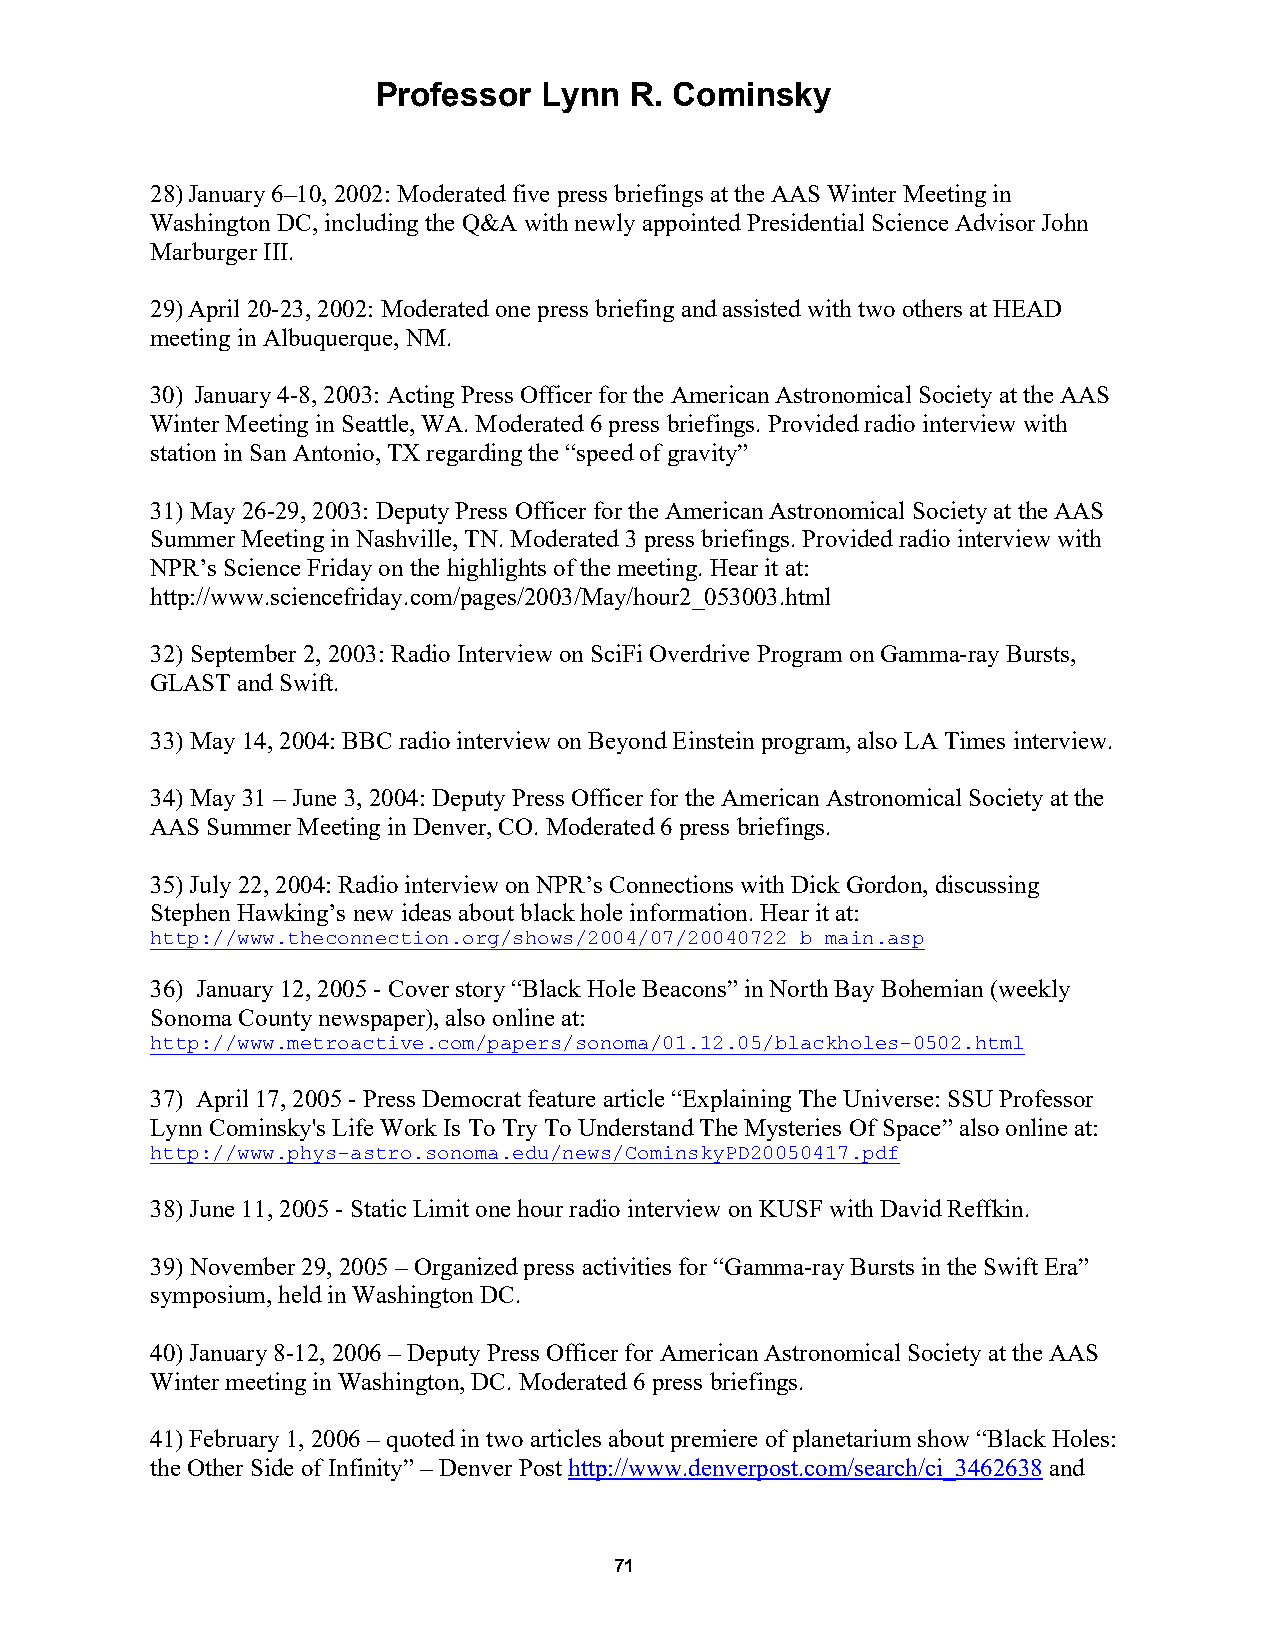
Professor  Lynn  R. Cominsky
 28) January 6–10, 2002: Moderated five press briefings at the AAS Winter Meeting in
 Washington DC, including the Q&A with newly appointed Presidential Science Advisor John
 Marburger III.
 29) April 20-23, 2002: Moderated one press briefing and assisted with two others at HEAD
 meeting in Albuquerque, NM.
 30) January 4-8, 2003: Acting Press Officer for the American Astronomical Society at the AAS
 Winter Meeting in Seattle, WA. Moderated 6 press briefings. Provided radio interview with
 station in San Antonio, TX regarding the “speed of gravity”
 31) May 26-29, 2003: Deputy Press Officer for the American Astronomical Society at the AAS
 Summer Meeting in Nashville, TN. Moderated 3 press briefings. Provided radio interview with
 NPR’s Science Friday on the highlights of the meeting. Hear it at:
 http://www.sciencefriday.com/pages/2003/May/hour2_053003.html
 32) September 2, 2003: Radio Interview on SciFi Overdrive Program on Gamma-ray Bursts,
 GLAST and Swift.
 33) May 14, 2004: BBC radio interview on Beyond Einstein program, also LA Times interview.
 34) May 31 – June 3, 2004: Deputy Press Officer for the American Astronomical Society at the
 AAS Summer Meeting in Denver, CO. Moderated 6 press briefings.
 35) July 22, 2004: Radio interview on NPR’s Connections with Dick Gordon, discussing
 Stephen Hawking’s new ideas about black hole information. Hear it at:
 http://www.theconnection.org/shows/2004/07/20040722_b_main.asp
 36) January 12, 2005 - Cover story “Black Hole Beacons” in North Bay Bohemian (weekly
 Sonoma County newspaper), also online at:
 http://www.metroactive.com/papers/sonoma/01.12.05/blackholes-0502.html
 37) April 17, 2005 - Press Democrat feature article “Explaining The Universe: SSU Professor
 Lynn Cominsky's Life Work Is To Try To Understand The Mysteries Of Space” also online at:
 http://www.phys-astro.sonoma.edu/news/CominskyPD20050417.pdf
 38) June 11, 2005 - Static Limit one hour radio interview on KUSF with David Reffkin.
 39) November 29, 2005 – Organized press activities for “Gamma-ray Bursts in the Swift Era”
 symposium, held in Washington DC.
 40) January 8-12, 2006 – Deputy Press Officer for American Astronomical Society at the AAS
 Winter meeting in Washington, DC. Moderated 6 press briefings.
 41) February 1, 2006 – quoted in two articles about premiere of planetarium show “Black Holes:
 the Other Side of Infinity” – Denver Post http://www.denverpost.com/search/ci_3462638 and
 71